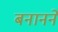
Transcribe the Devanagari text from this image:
बनानने